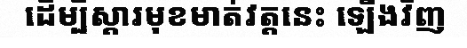
ដើម្បីស្តារមុខមាត់វត្តនេះ ឡើងវិញ